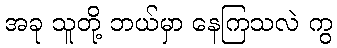
အခု သူတို့ ဘယ်မှာ နေကြသလဲ ကွ